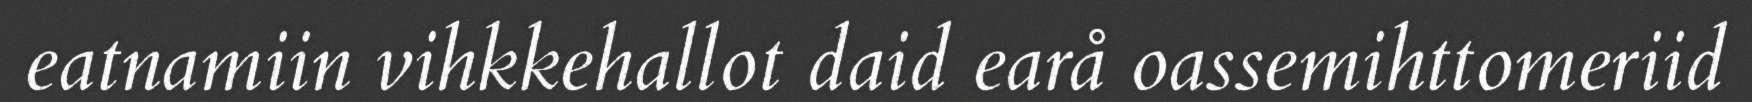
eatnamiin vihkkehallot daid earå oassemihttomeriid